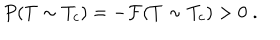
LaTeX: P ( T \sim T _ { c } ) = - { \cal F } ( T \sim T _ { c } ) > 0 \; .